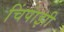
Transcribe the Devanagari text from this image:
चिंपांझी